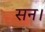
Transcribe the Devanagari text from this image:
सन।